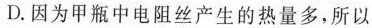
D.因为甲瓶中电阻丝产生的热量多，所以